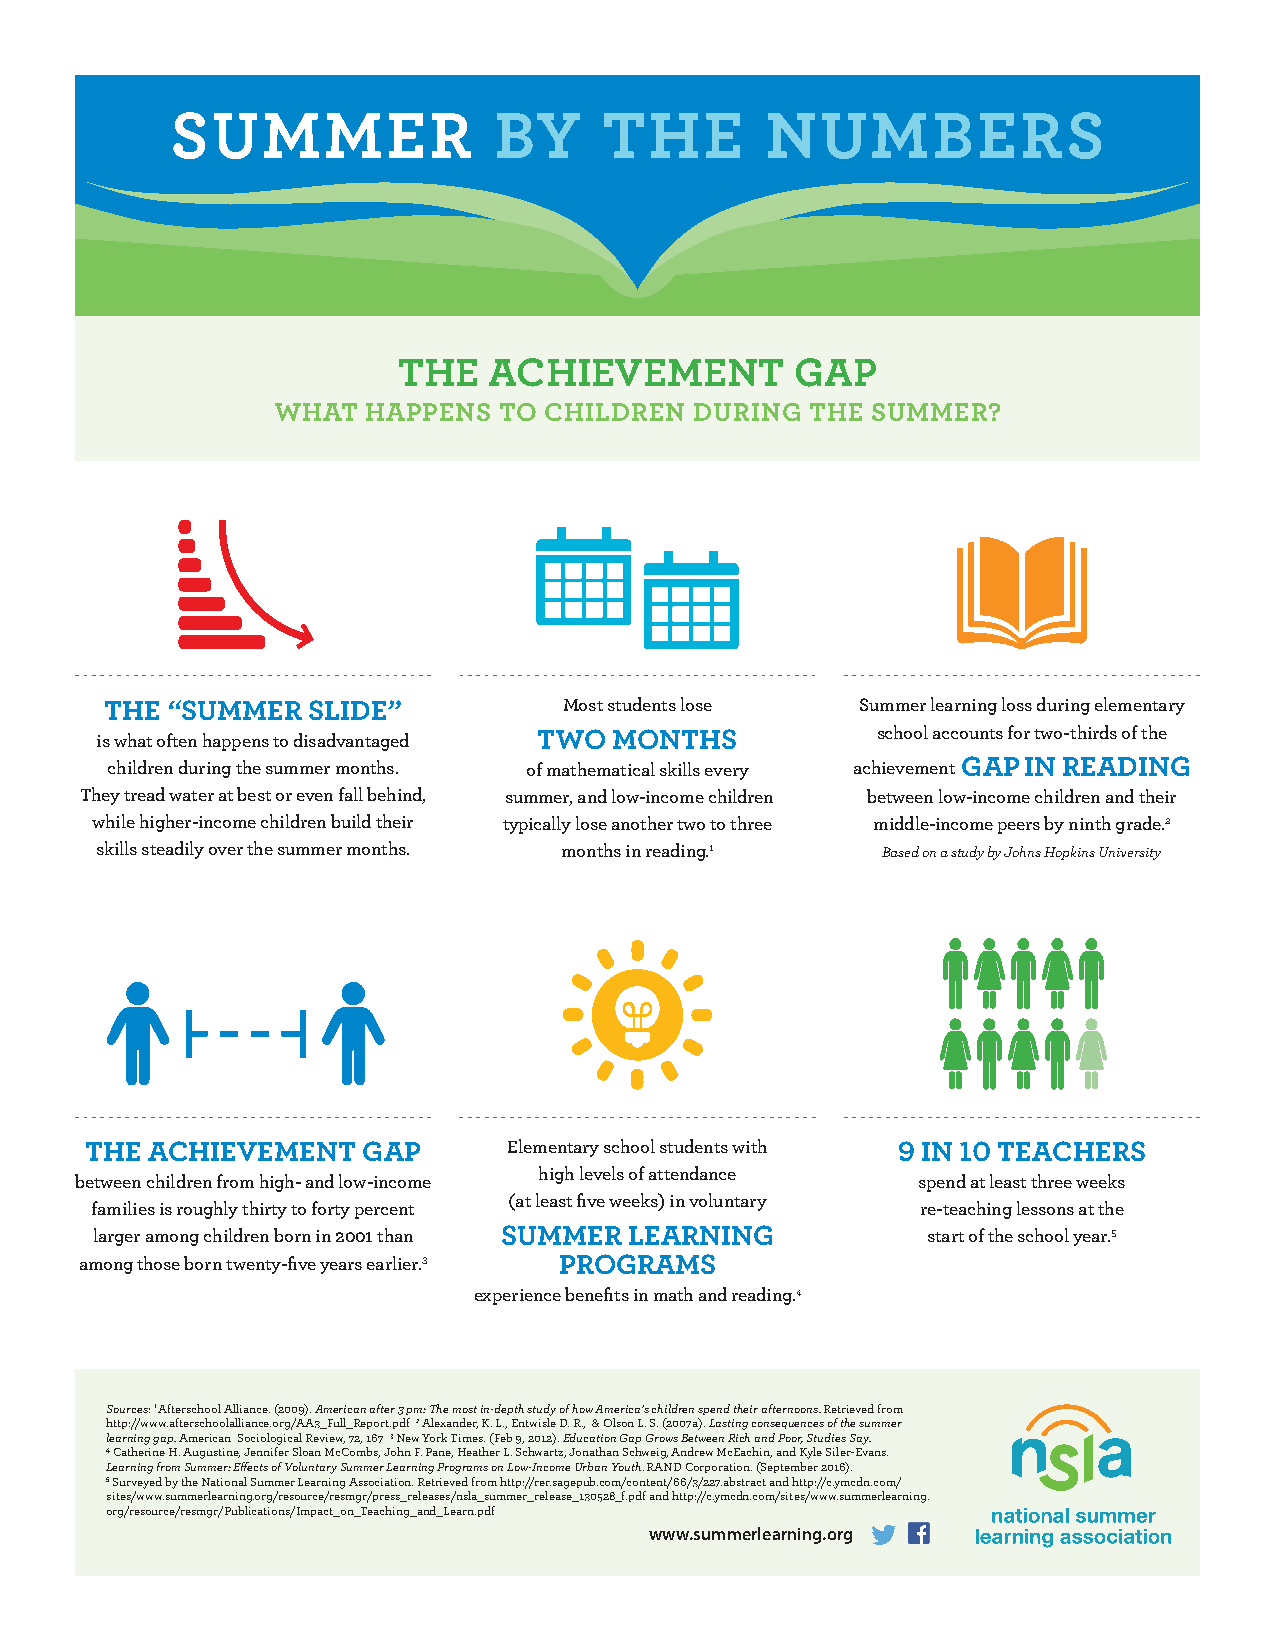
SUMMER                BY     THE        NUMBERS
 THE   ACHIEVEMENT          GAP
 WHAT  HAPPENS  TO CHILDREN  DURING  THE SUMMER?
 THE “SUMMER  SLIDE”           Most students lose  Summer learning loss during elementary
 is what often happens to disadvantaged TWO MONTHS   school accounts for two-thirds of the
 children during the summer months. of mathematical skills every achievement GAP IN READING
 They tread water at best or even fall behind, summer, and low-income children between low-income children and their
 while higher-income children build their typically lose another two to three middle-income peers by ninth grade.2
 skills steadily over the summer months. months in reading.1 Based on a study by Johns Hopkins University
 THE ACHIEVEMENT   GAP       Elementary school students with 9 IN 10 TEACHERS
 high levels of attendance
 between children from high- and low-income              spend at least three weeks
 (at least five weeks) in voluntary
 families is roughly thirty to forty percent            re-teaching lessons at the
 larger among children born in 2001 than SUMMER LEARNING start of the school year.5
 among those born twenty-five years earlier.3 PROGRAMS
 experience benefits in math and reading.4
 Sources: 1 Afterschool Alliance. (2009). American after 3 pm: The most in-depth study of how America’s children spend their afternoons. Retrieved from
 http://www.afterschoolalliance.org/AA3_Full_Report.pdf 2 Alexander, K. L., Entwisle D. R., & Olson L. S. (2007a). Lasting consequences of the summer
 learning gap. American Sociological Review, 72, 167 3 New York Times. (Feb 9, 2012). Education Gap Grows Between Rich and Poor, Studies Say.
 4 Catherine H. Augustine, Jennifer Sloan McCombs, John F. Pane, Heather L. Schwartz, Jonathan Schweig, Andrew McEachin, and Kyle Siler-Evans.
 Learning from Summer: Effects of Voluntary Summer Learning Programs on Low-Income Urban Youth. RAND Corporation. (September 2016).
 5 Surveyed by the National Summer Learning Association. Retrieved from http://rer.sagepub.com/content/66/3/227.abstract and http://c.ymcdn.com/
 sites/www.summerlearning.org/resource/resmgr/press_releases/nsla_summer_release_130528_f.pdf and http://c.ymcdn.com/sites/www.summerlearning.
 org/resource/resmgr/Publications/Impact_on_Teaching_and_Learn.pdf
 Facebook “f” Logo CMYK / .epsFacebook “f” Logo CMYK / .eps
 www.summerlearning.org